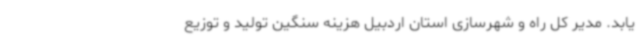
یابد. مدیر کل راه و شهرسازی استان اردبیل هزینه سنگین تولید و توزیع